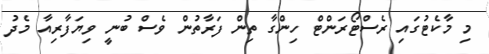
މި މާކެޓުގައި ރެސްޓޯރަންޓް ހިންގާ ތިން ފަރާތުން ވެސް ބުނީ ވިޔަފާރިއާ މެދު